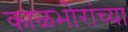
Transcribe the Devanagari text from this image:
काळभोरांच्या